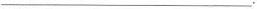
___.